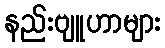
နည်းဗျူဟာများ